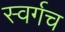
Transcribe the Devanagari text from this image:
स्वर्गच